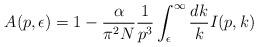
LaTeX: \begin{align*}A(p, \epsilon)= 1 -\frac{\alpha}{\pi^2 N}\frac{1}{p^3}\int _\epsilon ^\infty \frac{dk}{k} I(p,k)\end{align*}